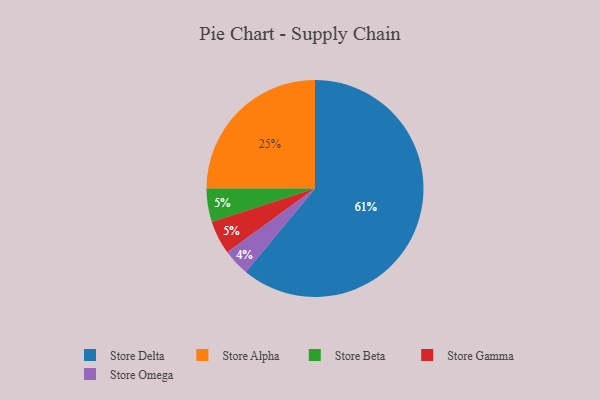
{"axis": {"x": "Category", "y": "Percentage"}, "legend": ["Store Alpha", "Store Beta", "Store Delta", "Store Gamma", "Store Omega"], "data": [{"x": "Store Beta", "y": 5, "type": "Store Beta"}, {"x": "Store Omega", "y": 4, "type": "Store Omega"}, {"x": "Store Delta", "y": 61, "type": "Store Delta"}, {"x": "Store Gamma", "y": 5, "type": "Store Gamma"}, {"x": "Store Alpha", "y": 25, "type": "Store Alpha"}]}